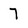
Character: 7